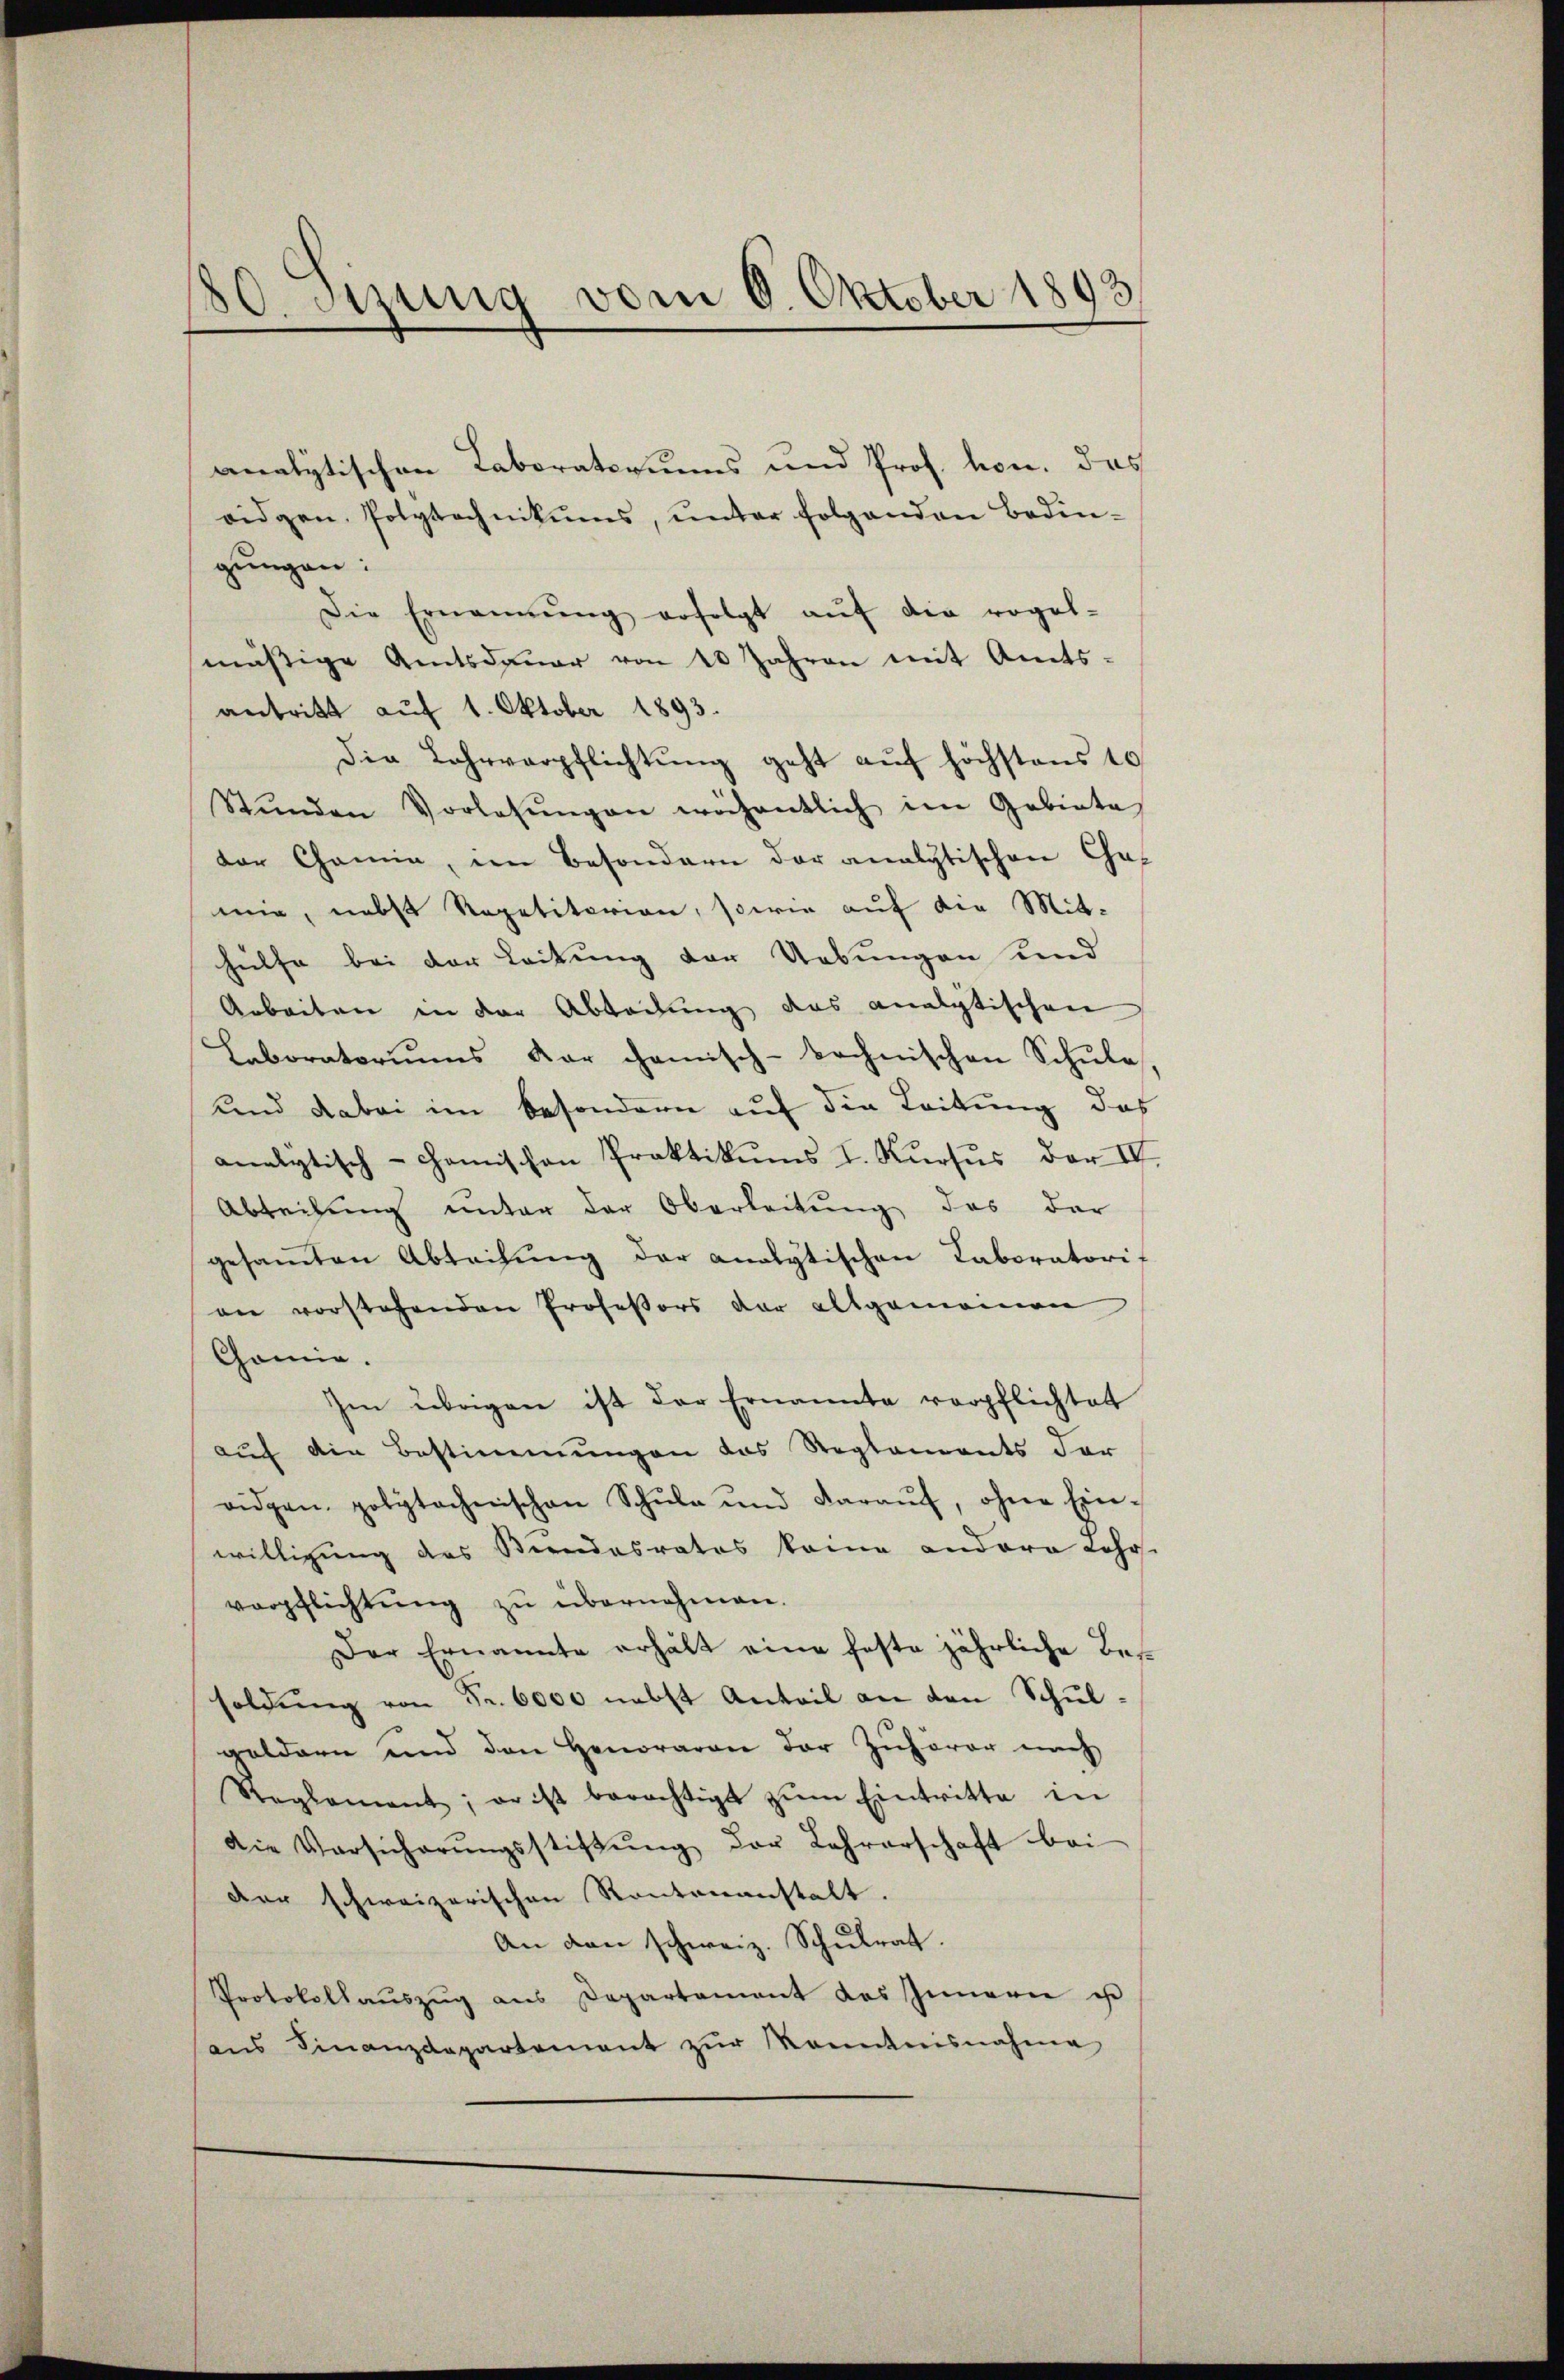
80. Szung vom 6. Oktober 1892

analytischen Taboratoriums und Prof. hon. das
ridgen. Polytechnikums, ŭnter folgenden Bedin-
gungen:
Die Ernannŭng erfolgt aŭf die regel-
smäßige Amtsdauer von 10 Jahren mit Amtsantritt auf 1. Oktober 1893.
Die Lehrverpflichtung geht auf höchstens 10
Stŭnden Vorlassŭngen wöchentlich im Gebiete
der Chamin, im Besondern der analytischen Camie, nebst Repetitorion, sowie auf die Mit-
hülfe bei der Leitung der Uebungen und
Arbeiten in der Abladung das analytischen
Laboratoriums Kar chanisch-technischen Schule,
und dabei im besondern auf die Leitung das
analytisch-comischen Praktikums I. Kursus der IV.
Abteilung unter der Oberleitung des der
gesamten Abteilŭng der analytischen Laboratorit
an vorstehenden Professors der allgemeinen
Connie.
Im übrigen ist der Ernannte verpflichtet
auch die Bestimmungen das Reglements der
oidgen. polytechenschen Schŭle und daraŭf, ohne Ein-
willigung des Stundesrates keine andere Lehrs-
verpflichtung zu übernehmen.
Der Ernannte erhält eine feste jährliche Bessoldŭng von Fr. 6000 nebst Anteil an den Schulgoldern und den Honoraren der Zuhörer nach
Reglement; er ist berechtigt zŭm Eintritte in
die Versicherŭngsstiβŭng der Lehrerschaft bei
Der schweizerischen Kantonanstalt.
An den schweiz. Schŭlrat.
Protokollauszug aus Departement des Innern ist
ans Finanzdepartement zŭr Kenntnisnahme